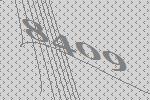
8409